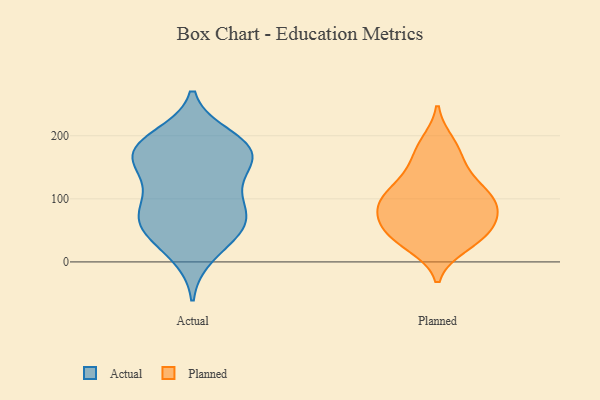
{"axis": {"x": "Net Income (USD K)", "y": "Value"}, "legend": ["Actual", "Planned"], "data": [{"x": "", "y": 31, "type": "Actual"}, {"x": "", "y": 87, "type": "Actual"}, {"x": "", "y": 186, "type": "Actual"}, {"x": "", "y": 198, "type": "Actual"}, {"x": "", "y": 150, "type": "Actual"}, {"x": "", "y": 168, "type": "Actual"}, {"x": "", "y": 56, "type": "Actual"}, {"x": "", "y": 187, "type": "Actual"}, {"x": "", "y": 11, "type": "Actual"}, {"x": "", "y": 176, "type": "Actual"}, {"x": "", "y": 166, "type": "Actual"}, {"x": "", "y": 66, "type": "Actual"}, {"x": "", "y": 114, "type": "Actual"}, {"x": "", "y": 59, "type": "Actual"}, {"x": "", "y": 80, "type": "Actual"}, {"x": "", "y": 127, "type": "Actual"}, {"x": "", "y": 172, "type": "Actual"}, {"x": "", "y": 63, "type": "Actual"}, {"x": "", "y": 178, "type": "Planned"}, {"x": "", "y": 85, "type": "Planned"}, {"x": "", "y": 97, "type": "Planned"}, {"x": "", "y": 129, "type": "Planned"}, {"x": "", "y": 188, "type": "Planned"}, {"x": "", "y": 156, "type": "Planned"}, {"x": "", "y": 35, "type": "Planned"}, {"x": "", "y": 68, "type": "Planned"}, {"x": "", "y": 74, "type": "Planned"}, {"x": "", "y": 46, "type": "Planned"}, {"x": "", "y": 39, "type": "Planned"}, {"x": "", "y": 49, "type": "Planned"}, {"x": "", "y": 27, "type": "Planned"}, {"x": "", "y": 98, "type": "Planned"}, {"x": "", "y": 88, "type": "Planned"}, {"x": "", "y": 106, "type": "Planned"}, {"x": "", "y": 122, "type": "Planned"}]}